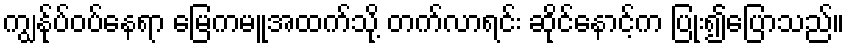
ကျွန်ုပ်ဝပ်နေရာ မြေကမူအထက်သို့ တက်လာရင်း ဆိုင်နောင့်က ပြုံး၍ပြောသည်။